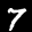
Label: 7